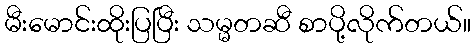
မီးမောင်းထိုးပြပြီး သမ္မတဆီ စာပို့လိုက်တယ်။